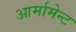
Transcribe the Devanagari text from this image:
आर्मामेन्ट